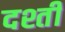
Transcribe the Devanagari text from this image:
दश्ती